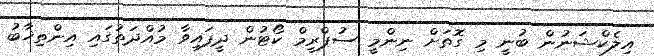
އިލެކްޝަނުން ބުނީ މި ގޮތަށް ނިންމީ ސުޕްރީމް ކޯޓުން ދީފައިވާ މުއްދަތުގައި އިންތިޚާބު